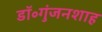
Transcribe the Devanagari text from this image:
डॉ॰गुंजनशाह